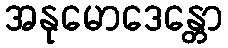
အနုမောဒေန္တော